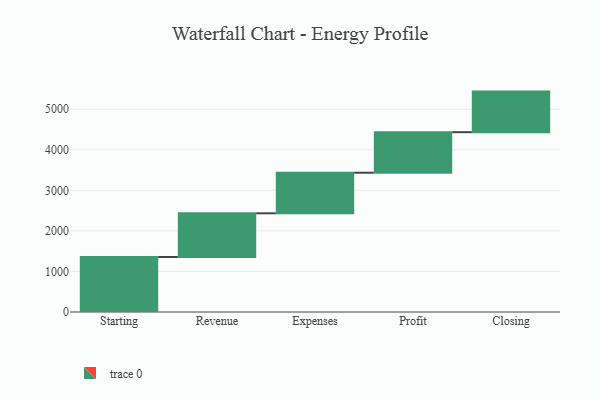
{"axis": {"x": "Step", "y": "Value"}, "legend": [""], "data": [{"x": "Starting", "y": 1356.0, "type": ""}, {"x": "Revenue", "y": 1077.0, "type": ""}, {"x": "Expenses", "y": 1000, "type": ""}, {"x": "Profit", "y": 1000, "type": ""}, {"x": "Closing", "y": 1000, "type": ""}]}